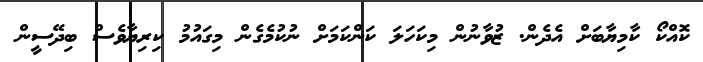
ކޮއްކޯ ކާމިޔާބަށް އެދެން. ޒުވާނުން މިކަހަލަ ކަންކަމަށް ނުކުމެގެން މިގައުމު ކިރިޔާވެސް ބިދޭސީން